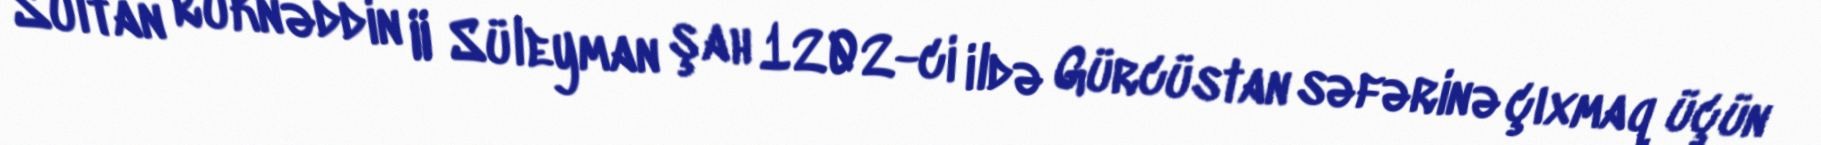
Sultan Rüknəddin II Süleyman şah 1202-ci ildə Gürcüstan səfərinə çıxmaq üçün